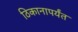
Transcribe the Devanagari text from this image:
ठिकानापर्यंत